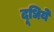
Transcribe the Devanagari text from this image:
दूधिये